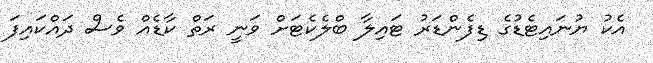
އެކު ޔުނައިޓެޑުގެ ޑިފެންޑަރު ޓައިލާ ބްލެކެޓަށް ވަނީ ރަތް ކާޑެއް ވެސް ދައްކައިފަ